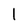
Character: l